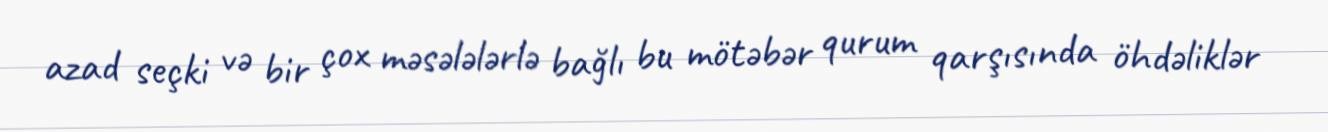
azad seçki və bir çox məsələlərlə bağlı bu mötəbər qurum qarşısında öhdəliklər